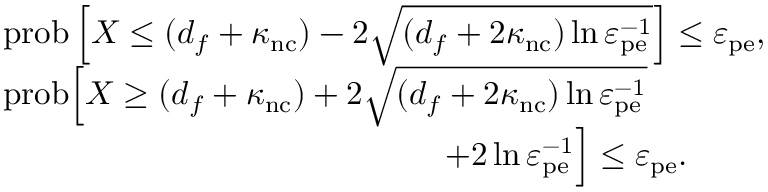
\begin{array} { r l } & { \mathrm { p r o b } \left[ X \leq ( d _ { f } + \kappa _ { \mathrm { n c } } ) - 2 \sqrt { ( d _ { f } + 2 \kappa _ { \mathrm { n c } } ) \ln \varepsilon _ { \mathrm { p e } } ^ { - 1 } } \right] \leq \varepsilon _ { \mathrm { p e } } , } \\ & { \mathrm { p r o b } \Big [ X \geq ( d _ { f } + \kappa _ { \mathrm { n c } } ) + 2 \sqrt { ( d _ { f } + 2 \kappa _ { \mathrm { n c } } ) \ln \varepsilon _ { \mathrm { p e } } ^ { - 1 } } } \\ & { ~ ~ ~ ~ ~ ~ ~ ~ ~ ~ ~ ~ ~ ~ ~ ~ ~ ~ ~ ~ ~ ~ ~ ~ ~ ~ ~ ~ ~ ~ ~ ~ ~ ~ ~ ~ ~ ~ ~ ~ + 2 \ln \varepsilon _ { \mathrm { p e } } ^ { - 1 } \Big ] \leq \varepsilon _ { \mathrm { p e } } . } \end{array}